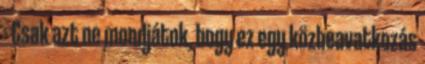
- Csak azt ne mondjátok, hogy ez egy közbeavatkozás